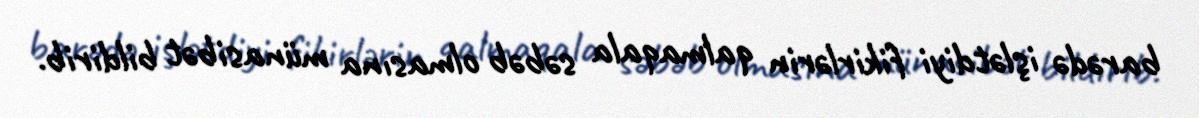
barədə işlətdiyi fikirlərin qalmaqala səbəb olmasına münasibət bildirib.